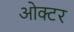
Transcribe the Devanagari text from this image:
ओक्टर